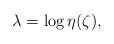
LaTeX: \begin{align*} \lambda&=\log \eta(\zeta), \end{align*}